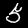
Digit: 5